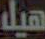
هيل